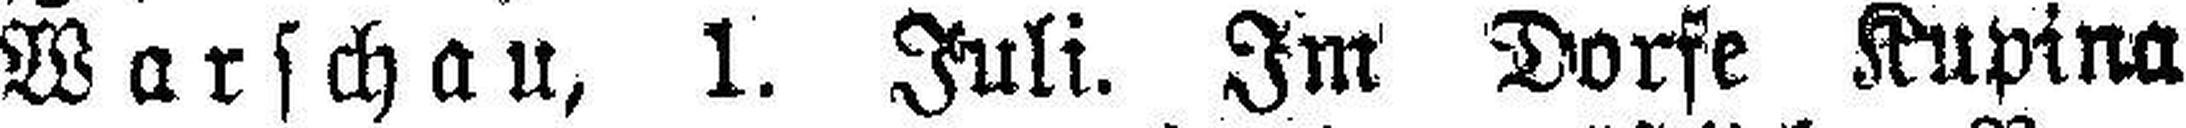
Warschau, 1. Juli. Im Dorfe Kupina